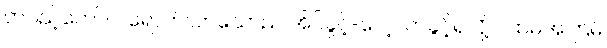
တပည့်တော်။ ။ ရောက်လာသောည အိပ်ခွင့်-လေ့လာခွင့်ရလို့ ပထမအကြိမ်